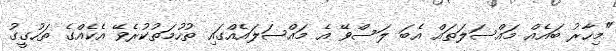
"މިހާރު ބައެއް މައްސަލަތައް އެބަ ލަސްވޭ އެ މައްސަލައެއްގައި ތުހުމަތުކުރެވޭ އެކެއްގެ ތަހުގީގު